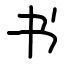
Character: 书